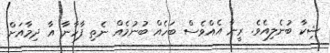
ޝިކާ ބުނެލިއެވެ. ރީނާ އެއްވެސް ބަހެއް ބުނުމެއް ނެތި ފާހާނާ އާ ދިމާއަށް